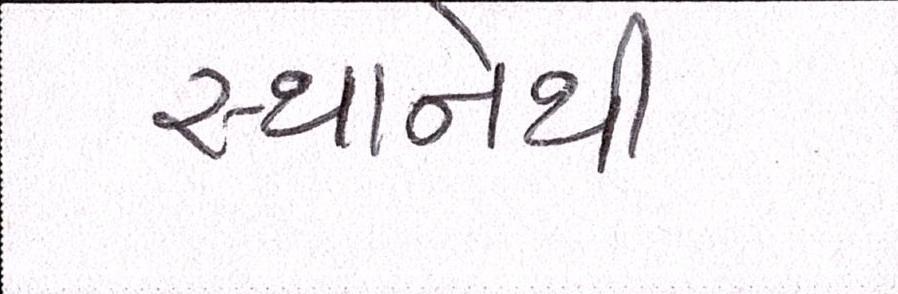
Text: સ્થાનેથી